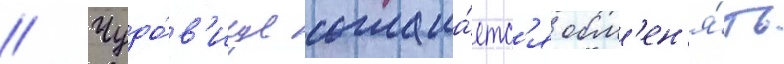
// Чудо́в'ище соглаша́етс'я обм'ен'я́ть